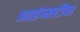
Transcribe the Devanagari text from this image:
आइंन्स्टीन